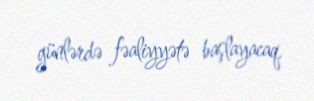
günlərdə fəaliyyətə başlayacaq.